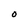
Character: O